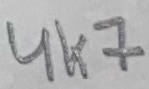
Text: 4k7